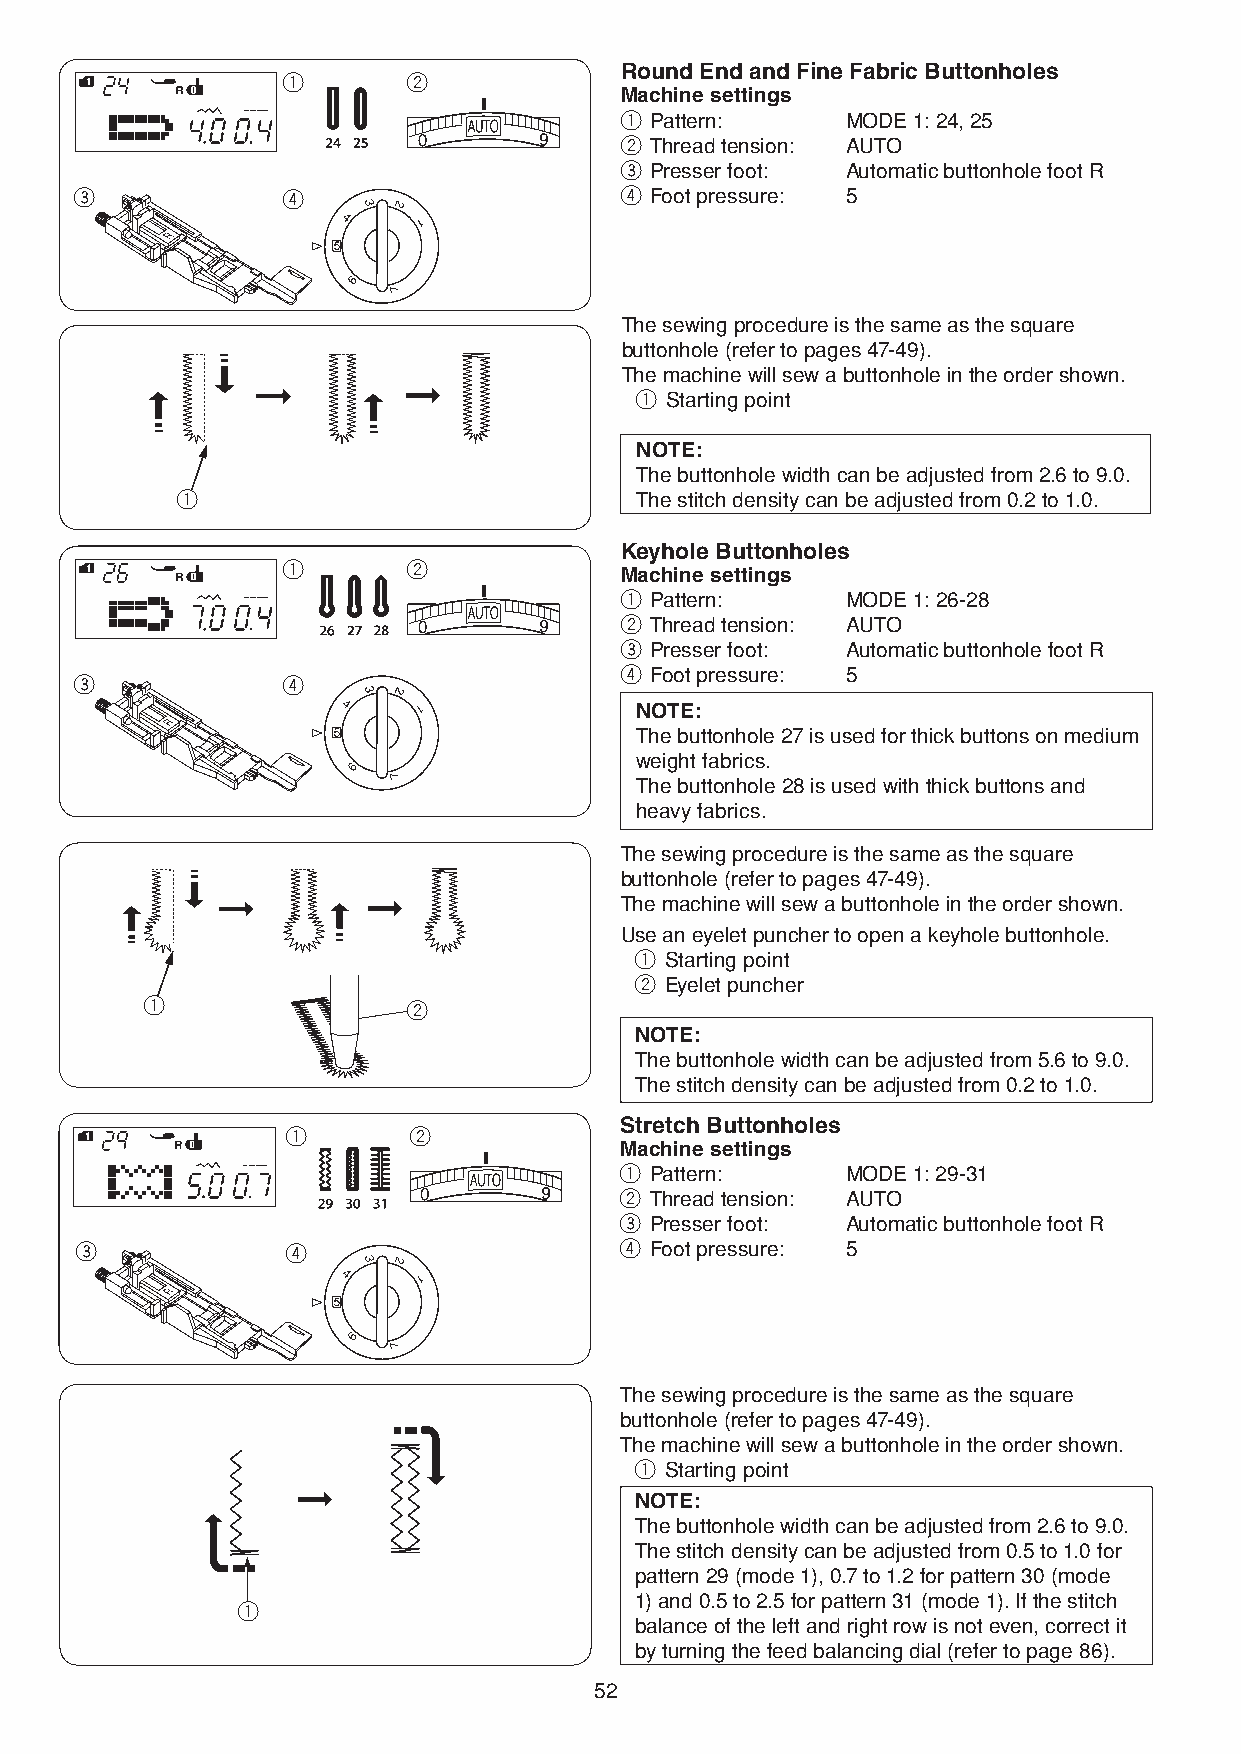
Round End and Fine Fabric Buttonholes
 q       w
 Machine settings
 q Pattern:     MODE 1: 24, 25
 w Thread tension: AUTO
 e Presser foot: Automatic buttonhole foot R
 e             r                     r Foot pressure: 5
 The sewing procedure is the same as the square
 buttonhole (refer to pages 47-49).
 The machine will sew a buttonhole in the order shown.
 q Starting point
 NOTE:
 The buttonhole width can be adjusted from 2.6 to 9.0.
 q                             The stitch density can be adjusted from 0.2 to 1.0.
 Keyhole Buttonholes
 q       w
 Machine settings
 q Pattern:     MODE 1: 26-28
 w Thread tension: AUTO
 e Presser foot: Automatic buttonhole foot R
 e             r
 r Foot pressure: 5
 NOTE:
 The buttonhole 27 is used for thick buttons on medium
 weight fabrics.
 The buttonhole 28 is used with thick buttons and
 heavy fabrics.
 The sewing procedure is the same as the square
 buttonhole (refer to pages 47-49).
 The machine will sew a buttonhole in the order shown.
 Use an eyelet puncher to open a keyhole buttonhole.
 q Starting point
 w Eyelet puncher
 q                w
 NOTE:
 The buttonhole width can be adjusted from 5.6 to 9.0.
 The stitch density can be adjusted from 0.2 to 1.0.
 Stretch Buttonholes
 q       w
 Machine settings
 q Pattern:     MODE 1: 29-31
 w Thread tension: AUTO
 e Presser foot: Automatic buttonhole foot R
 e             r                     r Foot pressure: 5
 The sewing procedure is the same as the square
 buttonhole (refer to pages 47-49).
 The machine will sew a buttonhole in the order shown.
 q Starting point
 NOTE:
 The buttonhole width can be adjusted from 2.6 to 9.0.
 The stitch density can be adjusted from 0.5 to 1.0 for
 pattern 29 (mode 1), 0.7 to 1.2 for pattern 30 (mode
 1) and 0.5 to 2.5 for pattern 31 (mode 1). If the stitch
 q
 balance of the left and right row is not even, correct it
 by turning the feed balancing dial (refer to page 86).
 52